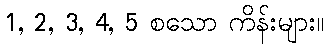
1, 2, 3, 4, 5 စသော ကိန်းများ။